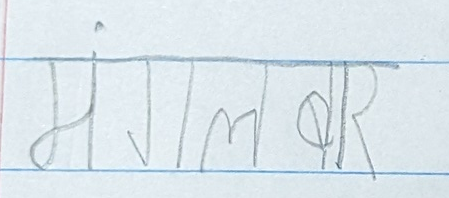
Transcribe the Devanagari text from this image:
मंगलवर